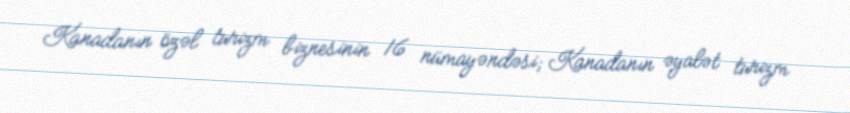
Kanadanın özəl turizm biznesinin 16 nümayəndəsi; Kanadanın əyalət turizm